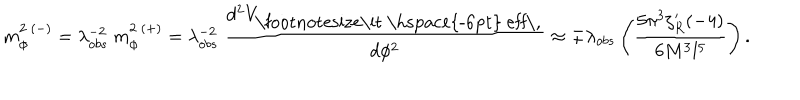
m _ { \phi } ^ { 2 \ ( - ) } = \lambda _ { o b s } ^ { - 2 } \ m _ { \phi } ^ { 2 \ ( + ) } = \lambda _ { o b s } ^ { - 2 } \ { \frac { d ^ { 2 } V _ { \mathrm { \footnotesize \it ~ ~ e f f \, } } } { d \phi ^ { 2 } } } \approx \mp \lambda _ { o b s } \left( { \frac { 5 \pi ^ { 3 } \zeta _ { R } ^ { \prime } ( - 4 ) } { 6 M ^ { 3 } l ^ { 5 } } } \right) .